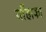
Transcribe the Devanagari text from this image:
याँहाका